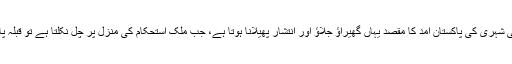
انہوں نے کہا کہ غیرملکی شہری کی پاکستان آمد کا مقصد یہاں گھیراؤ جلاؤ اور انتشار پھیلانا ہوتا ہے، جب ملک استحکام کی منزل پر چل نکلتا ہے تو قبلہ پاکستان وارد ہو جاتے ہیں۔